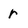
Character: r